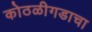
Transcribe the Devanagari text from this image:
कोठळीगडाचा